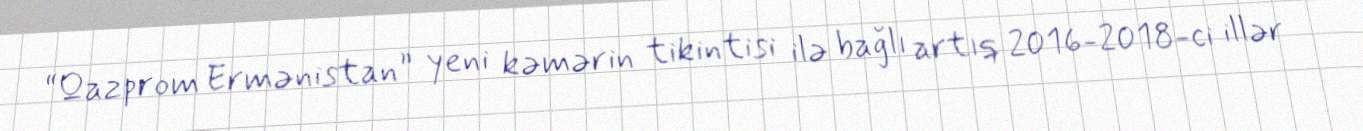
“Qazprom Ermənistan” yeni kəmərin tikintisi ilə bağlı artıq 2016-2018-ci illər